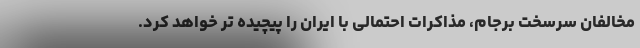
مخالفان سرسخت برجام، مذاکرات احتمالی با ایران را پیچیده تر خواهد کرد.